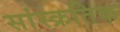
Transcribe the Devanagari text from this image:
सांस्क्रतिक